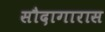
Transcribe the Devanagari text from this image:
सौदागारास